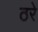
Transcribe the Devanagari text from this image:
ठरे